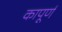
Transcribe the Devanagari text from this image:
कापूर्ण